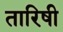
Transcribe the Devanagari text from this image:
तारिषी